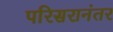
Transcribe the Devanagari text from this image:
परिसरानंतर